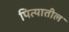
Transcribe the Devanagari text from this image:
पित्यातील